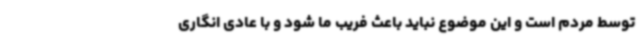
توسط مردم است و این موضوع نباید باعث فریب ما شود و با عادی انگاری